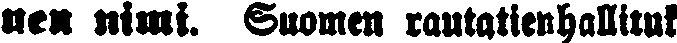
nen nimi. Suomen rautatienhallituk